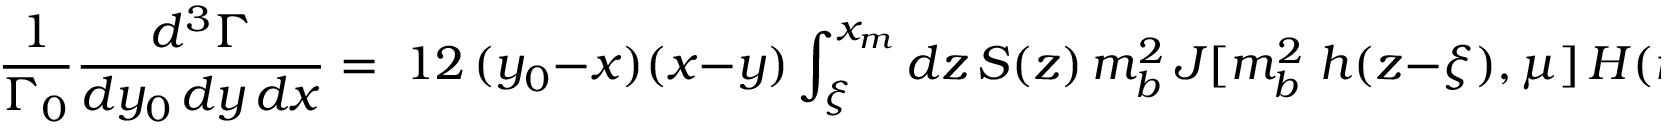
\frac 1 { \Gamma _ { 0 } } \frac { d ^ { 3 } \Gamma } { d y _ { 0 } \, d y \, d x } = \; 1 2 \, ( y _ { 0 } - x ) ( x - y ) \int _ { \xi } ^ { x _ { m } } d z \, S ( z ) \, m _ { b } ^ { 2 } \, J [ m _ { b } ^ { 2 } \; h ( z - \xi ) , \mu ] \, H ( m _ { b } \, h / \mu ) ,